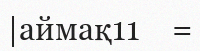
|аймақ11    =